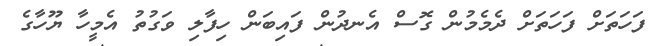
ފަހަތަށް ފަހަތަށް ދެމެމުން ގޮސް އެނދުން ފައިބަން ހިފާލި ވަގުތު އެމީހާ ޔޫހާގެ